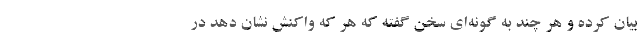
بیان کرده و هر چند به گونه‌ای سخن گفته که هر که واکنش نشان دهد در